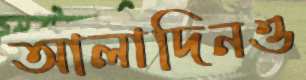
আলাদিনও